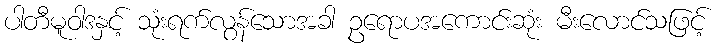
ပါတီမူဝါဒနှင့် သုံးရက်လွန်သောအခါ ဥရောပအကောင်းဆုံး မီးလောင်သဖြင့်